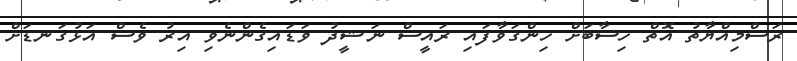
ރަސްމިއްޔާތު އޮތް ހިސާބަށް ހިންގަވާފައި ރައީސް ނަޝީދު ވަޑައިގެންނެވި އިރު ވެސް އަޅުގަނޑަށް